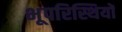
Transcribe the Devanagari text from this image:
भूपरिस्थियों